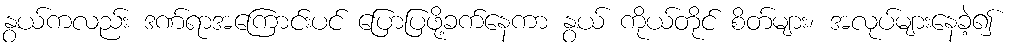
နွယ်ကလည်း ဒဏ်ရာအကြောင်းပင် ပြောပြဖို့ခက်နေကာ နွယ် ကိုယ်တိုင် စိတ်များ၊ အလုပ်များနေခဲ့၍